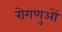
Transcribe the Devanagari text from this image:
रोगणुओं